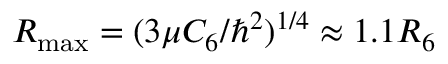
R _ { \operatorname* { m a x } } = ( 3 \mu C _ { 6 } / \hbar ^ { 2 } ) ^ { 1 / 4 } \approx 1 . 1 R _ { 6 }